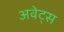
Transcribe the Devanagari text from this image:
अवेट्स